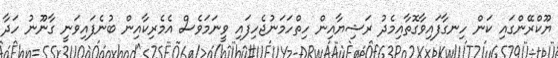
ޔޫކްރޭންގައި ކަން ހިނގާފައިވާގޮތާއިމެދު ރަޝިޔާއިން ހިތްހަމަނުޖެހިފައި ވީނަމަވެސް އެމެރިކާއިން ބުނެފައިވަނީ ގާނޫނު ހަދާ